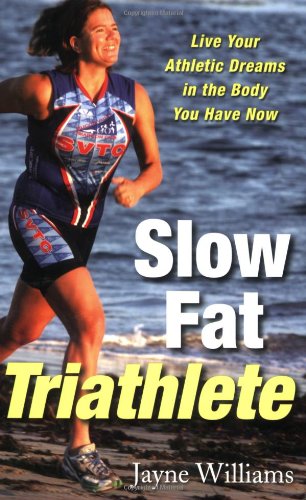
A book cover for Slow Fat Triathlete: Live Your Athletic Dreams in the Body You Have Now; Jayne Williams; Health, Fitness & Dieting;